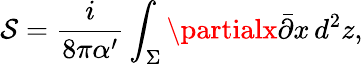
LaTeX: \mathcal{S}=\frac{{i}}{{8\pi\alpha^{\prime}}}\int_{\Sigma}\partialx\bar{{\partial}}x\, d^{2}z,